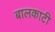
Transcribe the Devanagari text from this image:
बालकाटी